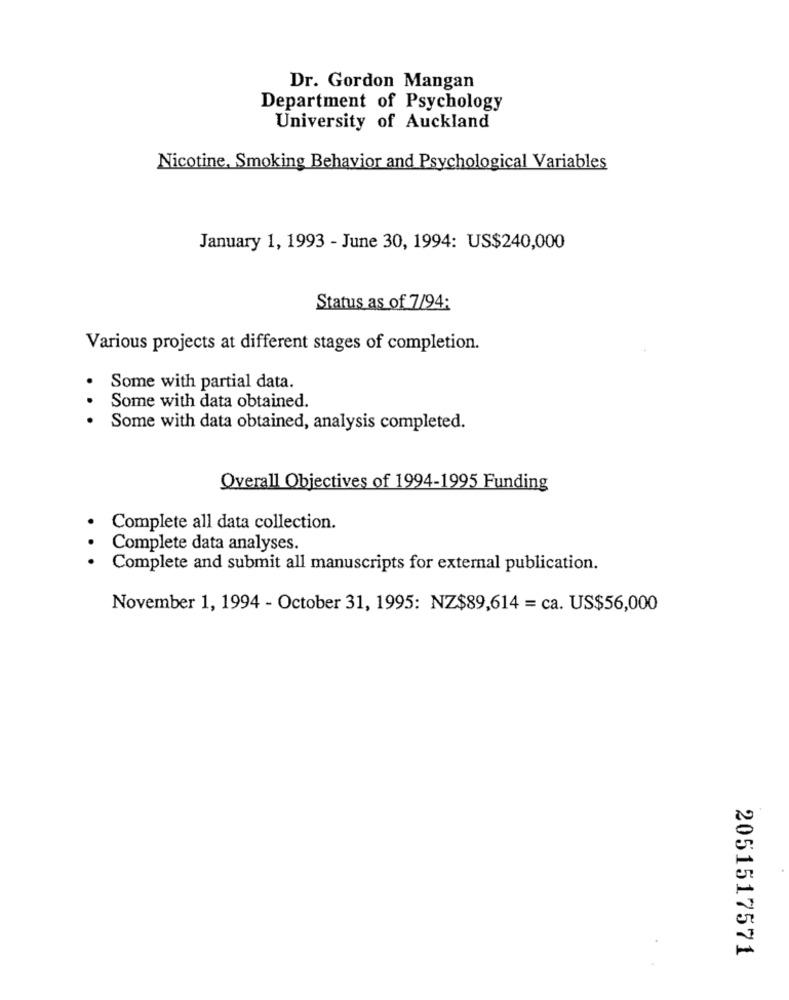
Dr. Gordon Mangan
Department of Psychology
University of Auckland
Nicotine, Smoking Behavior and Psychological Variables
January 1, 1993 - June 30, 1994: US$240,000
Status as of 7/94:
Various projects at different stages of completion.
.
Some with partial data.
Some with data obtained.
Some with data obtained, analysis completed.
Overall Objectives of 1994-1995 Funding
Complete all data collection.
Complete data analyses.
Complete and submit all manuscripts for external publication.
November 1, 1994 - October 31, 1995: NZ$89,614 = ca. US$56,000
2051517571